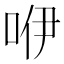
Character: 咿